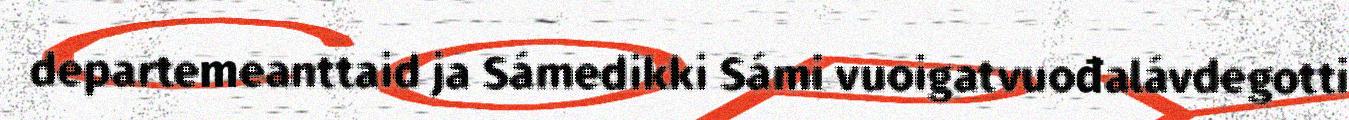
departemeanttaid ja Sámedikki Sámi vuoigatvuođalávdegotti